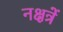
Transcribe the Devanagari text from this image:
नक्षत्रें